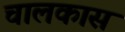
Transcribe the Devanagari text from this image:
चालकास